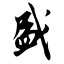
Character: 盛